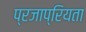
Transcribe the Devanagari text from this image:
प्रजाप्रियता